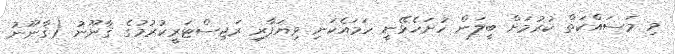
މި މަސައްކަތް ކުރުމަށް ބީލަން ހުށަހެޅޭނީ ހަމައެކަނި ވިޔަފާރި ރަޖިސްޓަރީކުރުމުގެ ޤާނޫނު (ޤާނޫނު